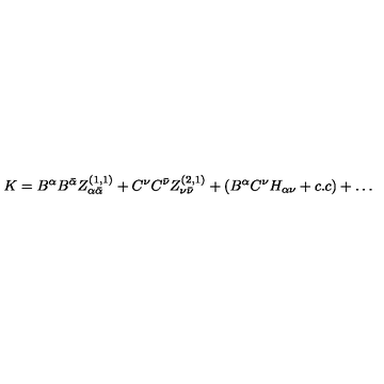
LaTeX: K = B ^ { \alpha } B ^ { \bar { \alpha } } Z _ { \alpha { \bar { \alpha } } } ^ { ( 1 , 1 ) } + C ^ { \nu } C ^ { \bar { \nu } } Z _ { \nu { \bar { \nu } } } ^ { ( 2 , 1 ) } + ( B ^ { \alpha } C ^ { \nu } H _ { \alpha \nu } + c . c ) + \dots